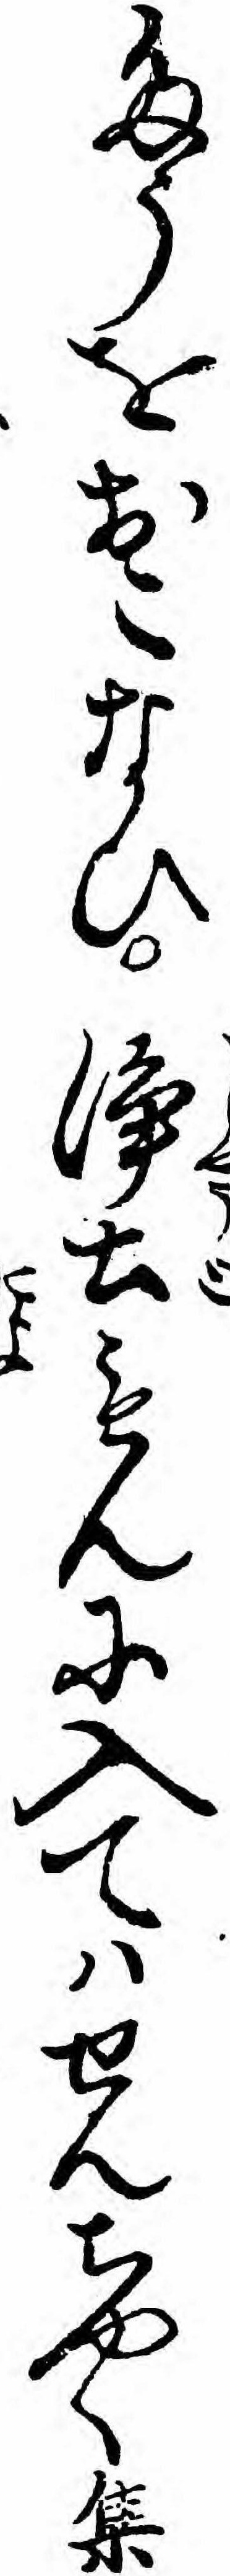
たうをおこなひ浄土もんに入てハせんちやく集